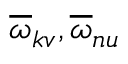
\overline { { \omega } } _ { k v } , \overline { { \omega } } _ { n u }